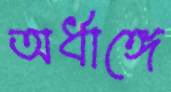
অর্ধাঙ্গে